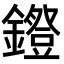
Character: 𨭕